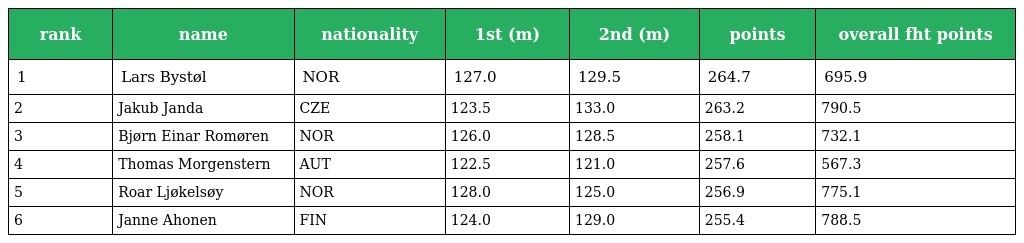
| rank | name | nationality | 1st (m) | 2nd (m) | points | overall fht points |
 | --- | --- | --- | --- | --- | --- | --- |
 | 1 | Lars Bystøl | NOR | 127.0 | 129.5 | 264.7 | 695.9 |
 | 2 | Jakub Janda | CZE | 123.5 | 133.0 | 263.2 | 790.5 |
 | 3 | Bjørn Einar Romøren | NOR | 126.0 | 128.5 | 258.1 | 732.1 |
 | 4 | Thomas Morgenstern | AUT | 122.5 | 121.0 | 257.6 | 567.3 |
 | 5 | Roar Ljøkelsøy | NOR | 128.0 | 125.0 | 256.9 | 775.1 |
 | 6 | Janne Ahonen | FIN | 124.0 | 129.0 | 255.4 | 788.5 |